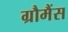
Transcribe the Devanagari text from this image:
ग्रौमैंस